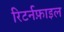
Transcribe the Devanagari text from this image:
रिटर्नफ़ाइल